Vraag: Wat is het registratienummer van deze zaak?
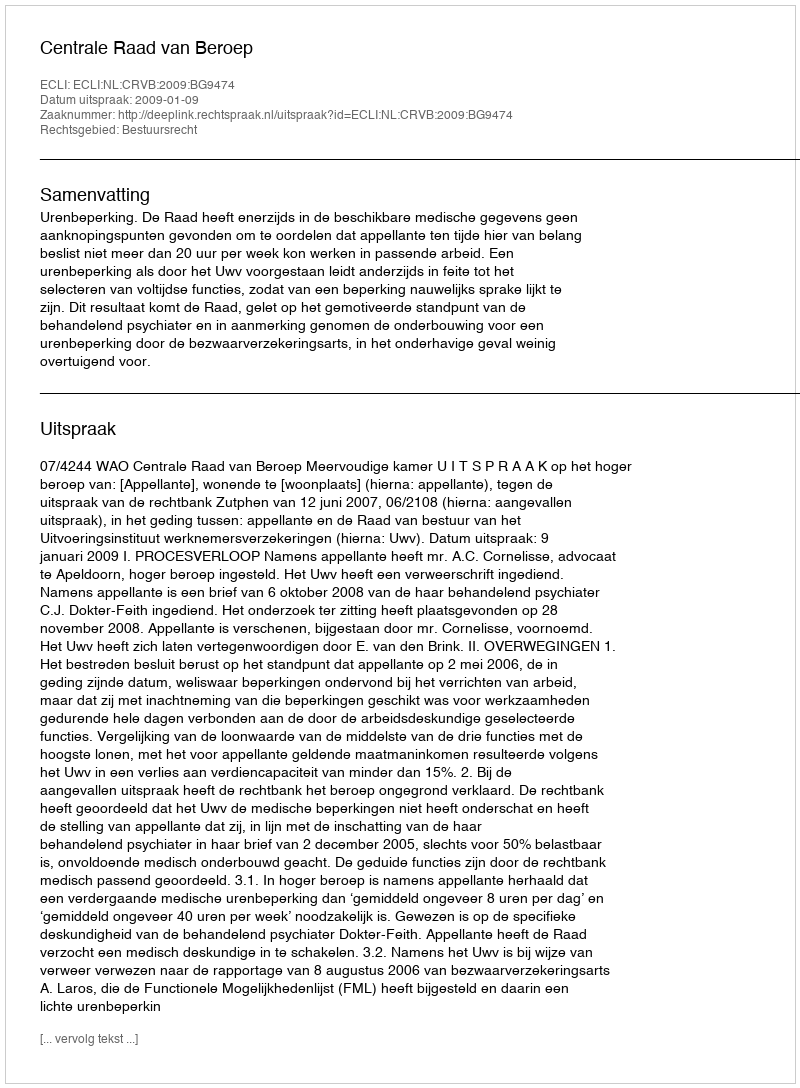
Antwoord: http://deeplink.rechtspraak.nl/uitspraak?id=ECLI:NL:CRVB:2009:BG9474